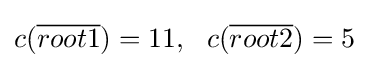
c({\overline {root1}})=11,\ \ c({\overline {root2}})=5